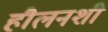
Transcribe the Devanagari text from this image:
हौलनशी